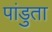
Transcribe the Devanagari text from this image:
पांडुता